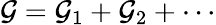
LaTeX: \mathcal{G}=\mathcal{G}_{1}+\mathcal{G}_{2}+\cdots